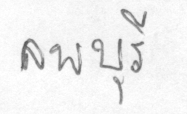
ลพบุรี